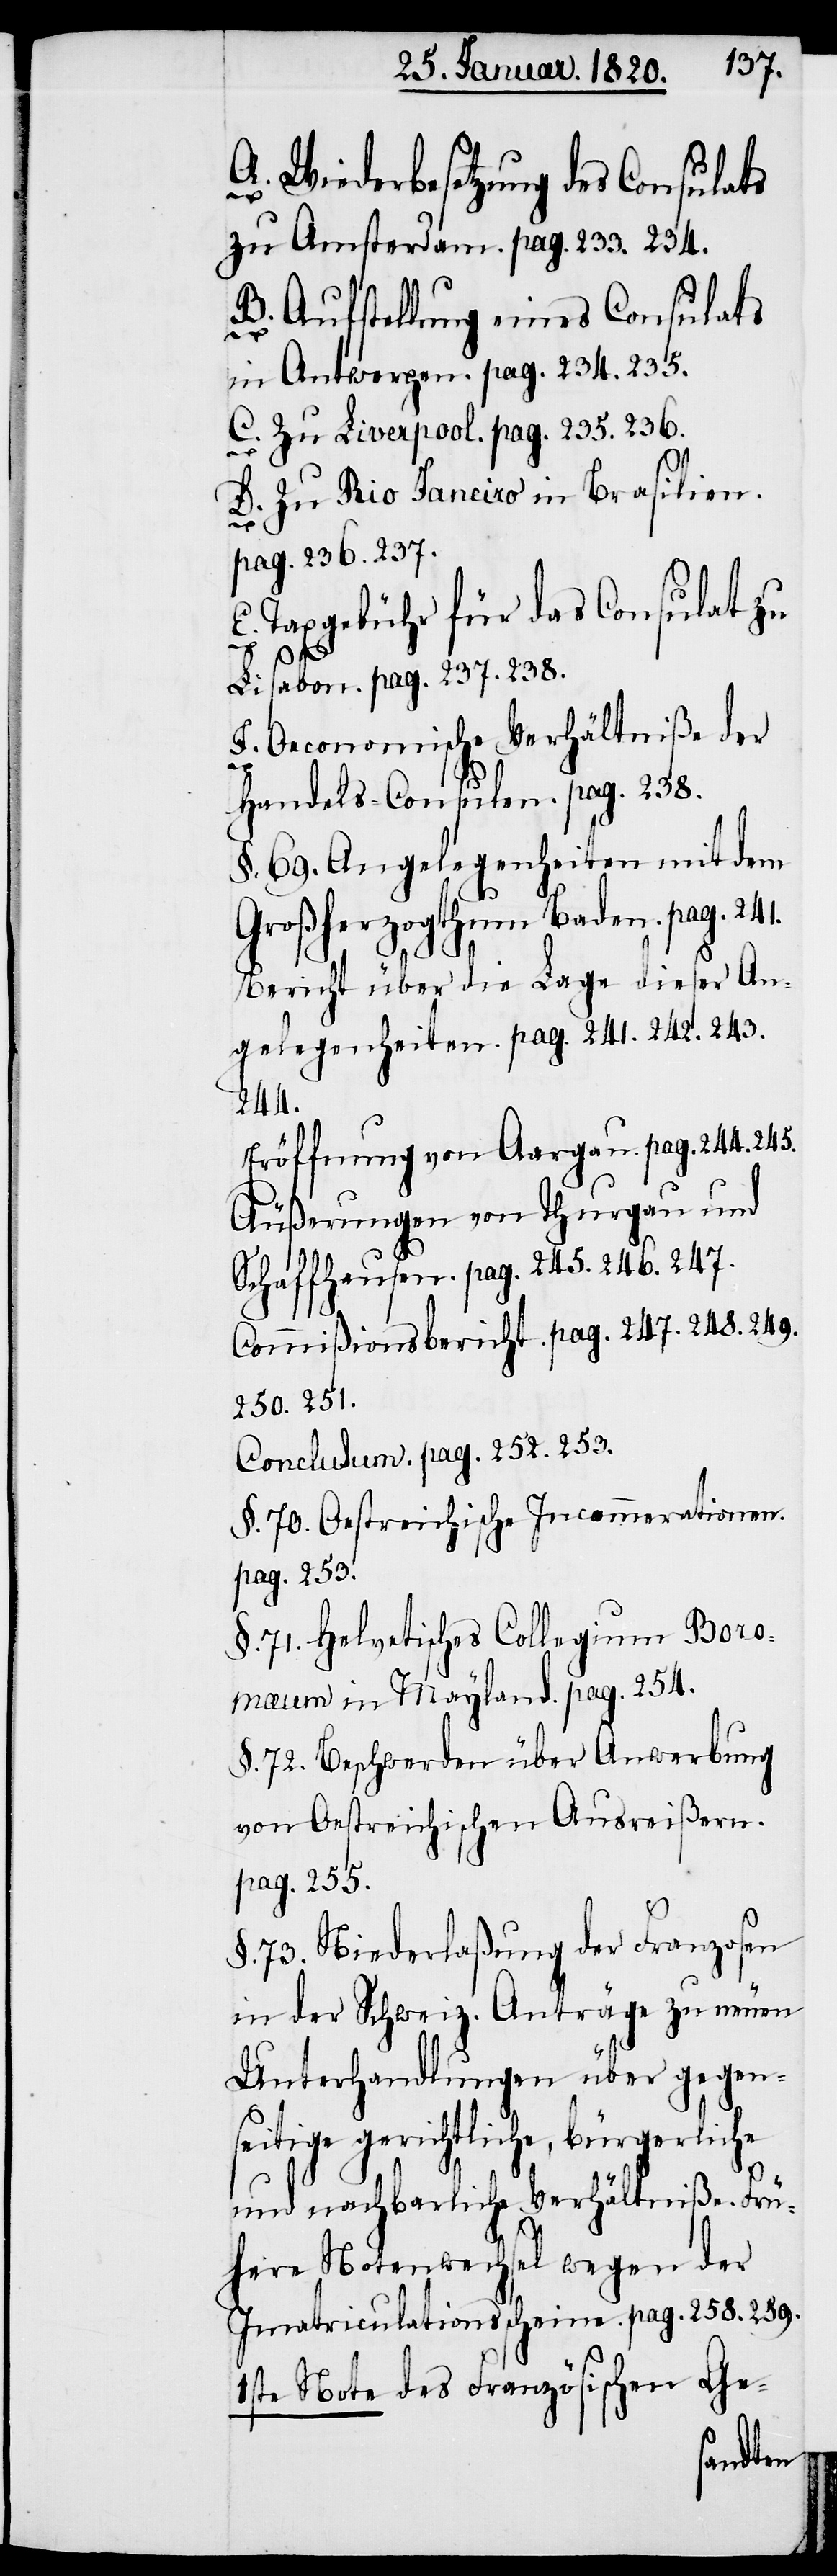
A. Wiederbesetzung des Consulats
zu Amsterdam. pag. 233. 234.
B. Aufstellung eines Consulats
in Antwerpen. pag. 234. 235.
C. Zu Liverpool. pag. 235. 236.
D. Zu Rio Janeiro in Brasilien.
pag. 236. 237.
E. Taxgebühr für das Consulat zu
Lisabon. pag. 237. 238.
F. Oeconomische Verhältniße der
Handels-Consulen. pag. 238.
§. 69. Angelegenheiten mit dem
Großherzogthum Baden. pag. 241.
Bericht über die Lage dieser An¬
gelegenheiten. pag. 241. 242. 243.
244.
Eröffnung von Aargau. pag. 244. 245.
Äußerungen von Thurgau und
Schaffhausen. pag. 245. 246. 247.
Commißionsbericht. pag. 247. 248. 249.
250. 251.
Conclusum. pag. 252. 253.
§. 70. Oestreichische Inc[?a]mmerationen.
pag. 253.
§. 71. Helvetisches Collegium Boro¬
maeum in Mayland. pag. 254.
§. 72. Beschwerden über Anwerbung
von Oestreichischen Ausreißern.
pag. 255.
§. 73. Niederlaßung der Franzosen
in der Schweiz. Anträge zu neuen
Unterhandlungen über gegens¬
eitige gerichtliche, bürgerliche
und nachbarliche Verhältniße. Frü¬
here Notenwechsel wegen der
Imatriculationsscheine. pag. 258. 259.
1ste Note des Französischen